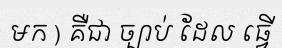
មក ) គឺជា ច្បាប់ ដែល ធ្វើ